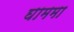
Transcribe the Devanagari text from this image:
घाममा